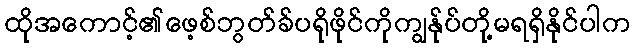
ထိုအကောင့်၏ဖေ့စ်ဘွတ်ခ်ပရိုဖိုင်ကိုကျွန်ုပ်တို့မရရှိနိုင်ပါက